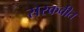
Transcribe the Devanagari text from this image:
सरकवीत